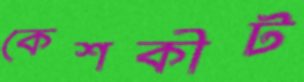
কেশকীট